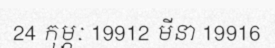
24 កុម្ភៈ 19912 មីនា 19916